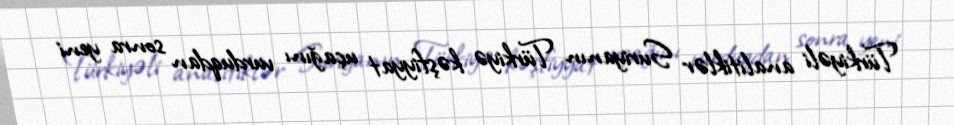
Türkiyəli analitiklər Suriyanın Türkiyə kəşfiyyat uçağını vurduqdan sonra yeni